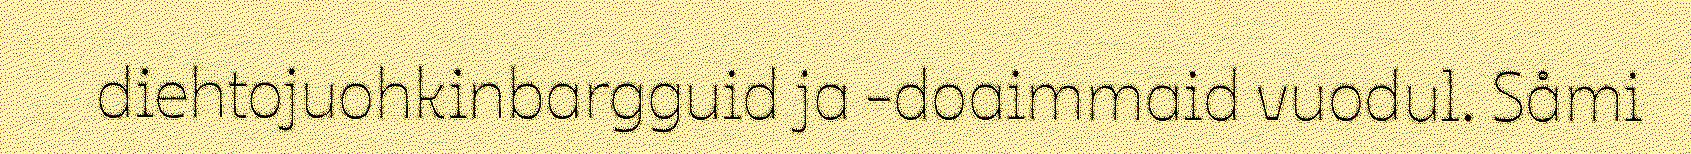
diehtojuohkinbargguid ja -doaimmaid vuodul. Såmi